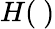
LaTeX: H(~)